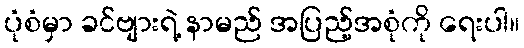
ပုံစံမှာ ခင်ဗျားရဲ့ နာမည် အပြည့်အစုံကို ရေးပါ။